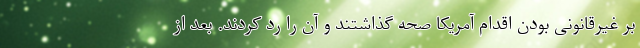
بر غیرقانونی بودن اقدام آمریکا صحه گذاشتند و آن را رد کردند. بعد از